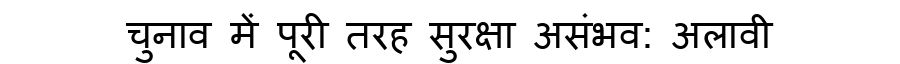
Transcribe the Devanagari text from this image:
चुनाव में पूरी तरह सुरक्षा असंभव: अलावी